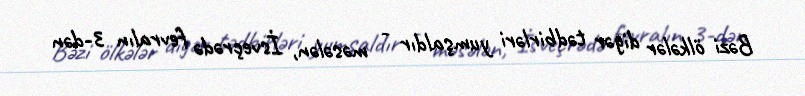
Bəzi ölkələr digər tədbirləri yumşaldır - məsələn, İsveçrədə fevralın 3-dən